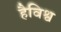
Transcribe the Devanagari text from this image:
हैविश्व